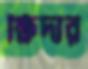
ক্ষিদার